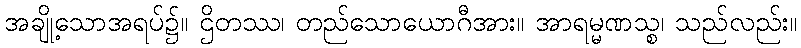
အချို့သောအရပ်၌။ ဌိတဿ၊ တည်သောယောဂီအား။ အာရမ္မဏသ္စ၊ သည်လည်း။